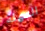
المهلة